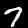
Digit: 7